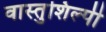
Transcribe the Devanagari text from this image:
वास्‍तुशिल्‍पी